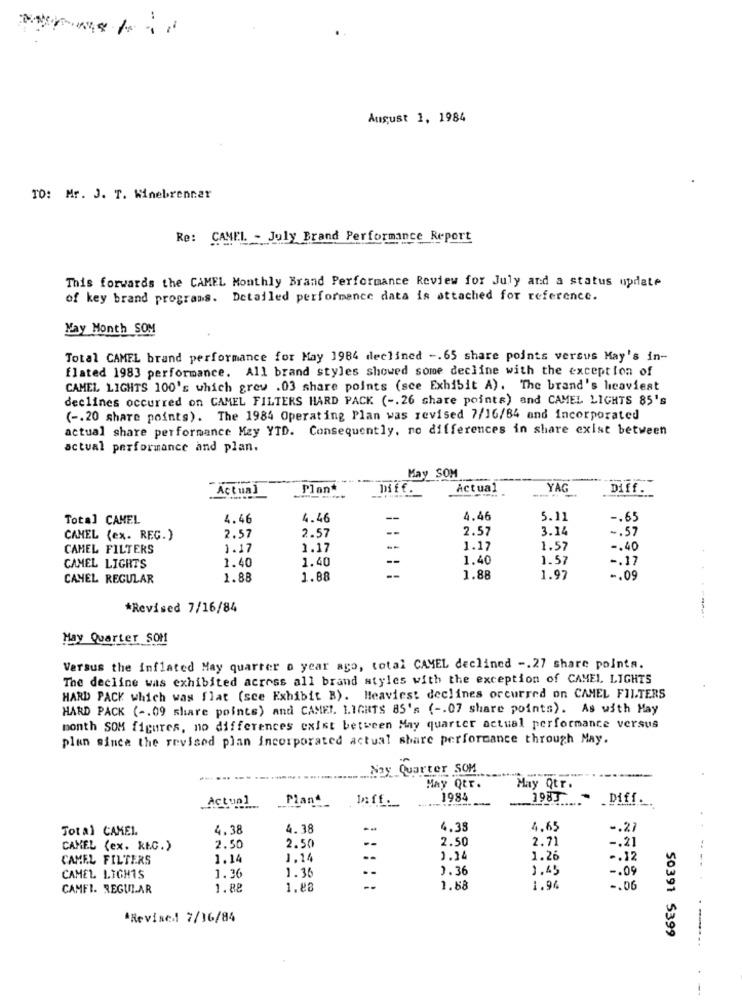
August 1, 1984
TO: Mr. J. T. Minebrenner
Re: CAMEL - July Brand Performance Report
This forwards the CAMEL Monthly Brand Performance Review for July and a status update
of key brand programs. Detailed performance data is attached for reference.
May Month SOM
Total CAMEL brand performance for May 1984 declined -. 65 share points versus May's in-
flated 1983 performance. All brand styles showed some decline with the exception of
CAMEL LIGHTS 100's which grew .03 share points (see Exhibit A). The brand's heaviest
declines occurred on CAMEL FILTERS HARD PACK ( -. 26 share points) and CAMEL LIGHTS 85's
( -. 20 share points). The 1984 Operating Plan was revised 7/16/84 and incorporated
actual share performance May YTD. Consequently, no differences in share exist between
actual performance and plan.
May SOM
--
Actual
Plan*
Diff.
Actual
YAG
Diff.
Total CAMEL
4.46
4.46
--
4.46
5.11
-. 65
2.57
3.14
-. 57
CAMEL (ex. REG.)
2.57
2.57
CAMEL FILTERS
1.17
1.17
1.17
1.57
-. 40
1.40
1.40
1.57
-. 17
CAMEL LIGHTS
1.40
CANEL REGULAR
1.88
1.88
1.88
1.97
-. 09
*Revised 7/16/84
Hay Quarter SOM
Versus the inflated May quarter o year ago, total CAMEL declined -. 27 share pointa.
The decline was exhibited across all brand styles with the exception of CAMEL LIGHTS
HARD PACK which was flat (sce Exhibit B). Heaviest declines orcurred on CAMEL FILTERS
HARD PACK ( -. 09 share points) and CAMEL. LIGHTS 85's ( -. 07 share points). As with May
month SOM figures, no differences exist between May quarter actual performance versus
plan since the revised plan incorporated actual share performance through May.
Nay Quarter SOM
...... .
May Qtr.
May Qtr.
Plant
In ff __
1984
1983
.Diff ..
ActuPL
Total CAMEL.
4.38
4.38
4.38
4,65
-. 27
--
2.50
2.71
-. 21
CANEL (ex. REG.)
2.50
2.50
CAMEL FILTERS
1.14
J.14
--
1.24
1.26
-. 12
1.36
1.36
0.36
1.49
-. 09
.--
CAMEL LIGHTS
CAMFI. REGULAR
1.88
1.88
--
1.88
1.94
-. 06
*Revised 7/36/84
50391 5399
-----